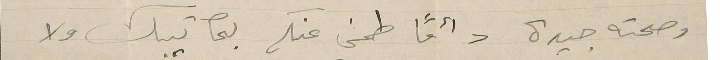
وصحته جيدة دائمًا طمني عنكم بمكاتيبك ولا